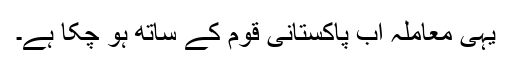
یہی معاملہ اب پاکستانی قوم کے ساتھ ہو چکا ہے۔